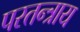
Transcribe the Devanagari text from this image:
परतन्त्राय